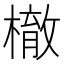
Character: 㯙